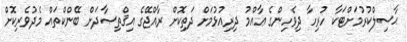
ޙާސިލްކުރުމަށްޓަކާ ހުރިހާ ދިވެހިންގެ ޢާއްމު ދިރިއުޅުމަށް ދަތިކޮށް ރާއްޖޭގެ އިޤްތިޞާދަށް ބޭންކްތައް މެދުވެރިކޮށް